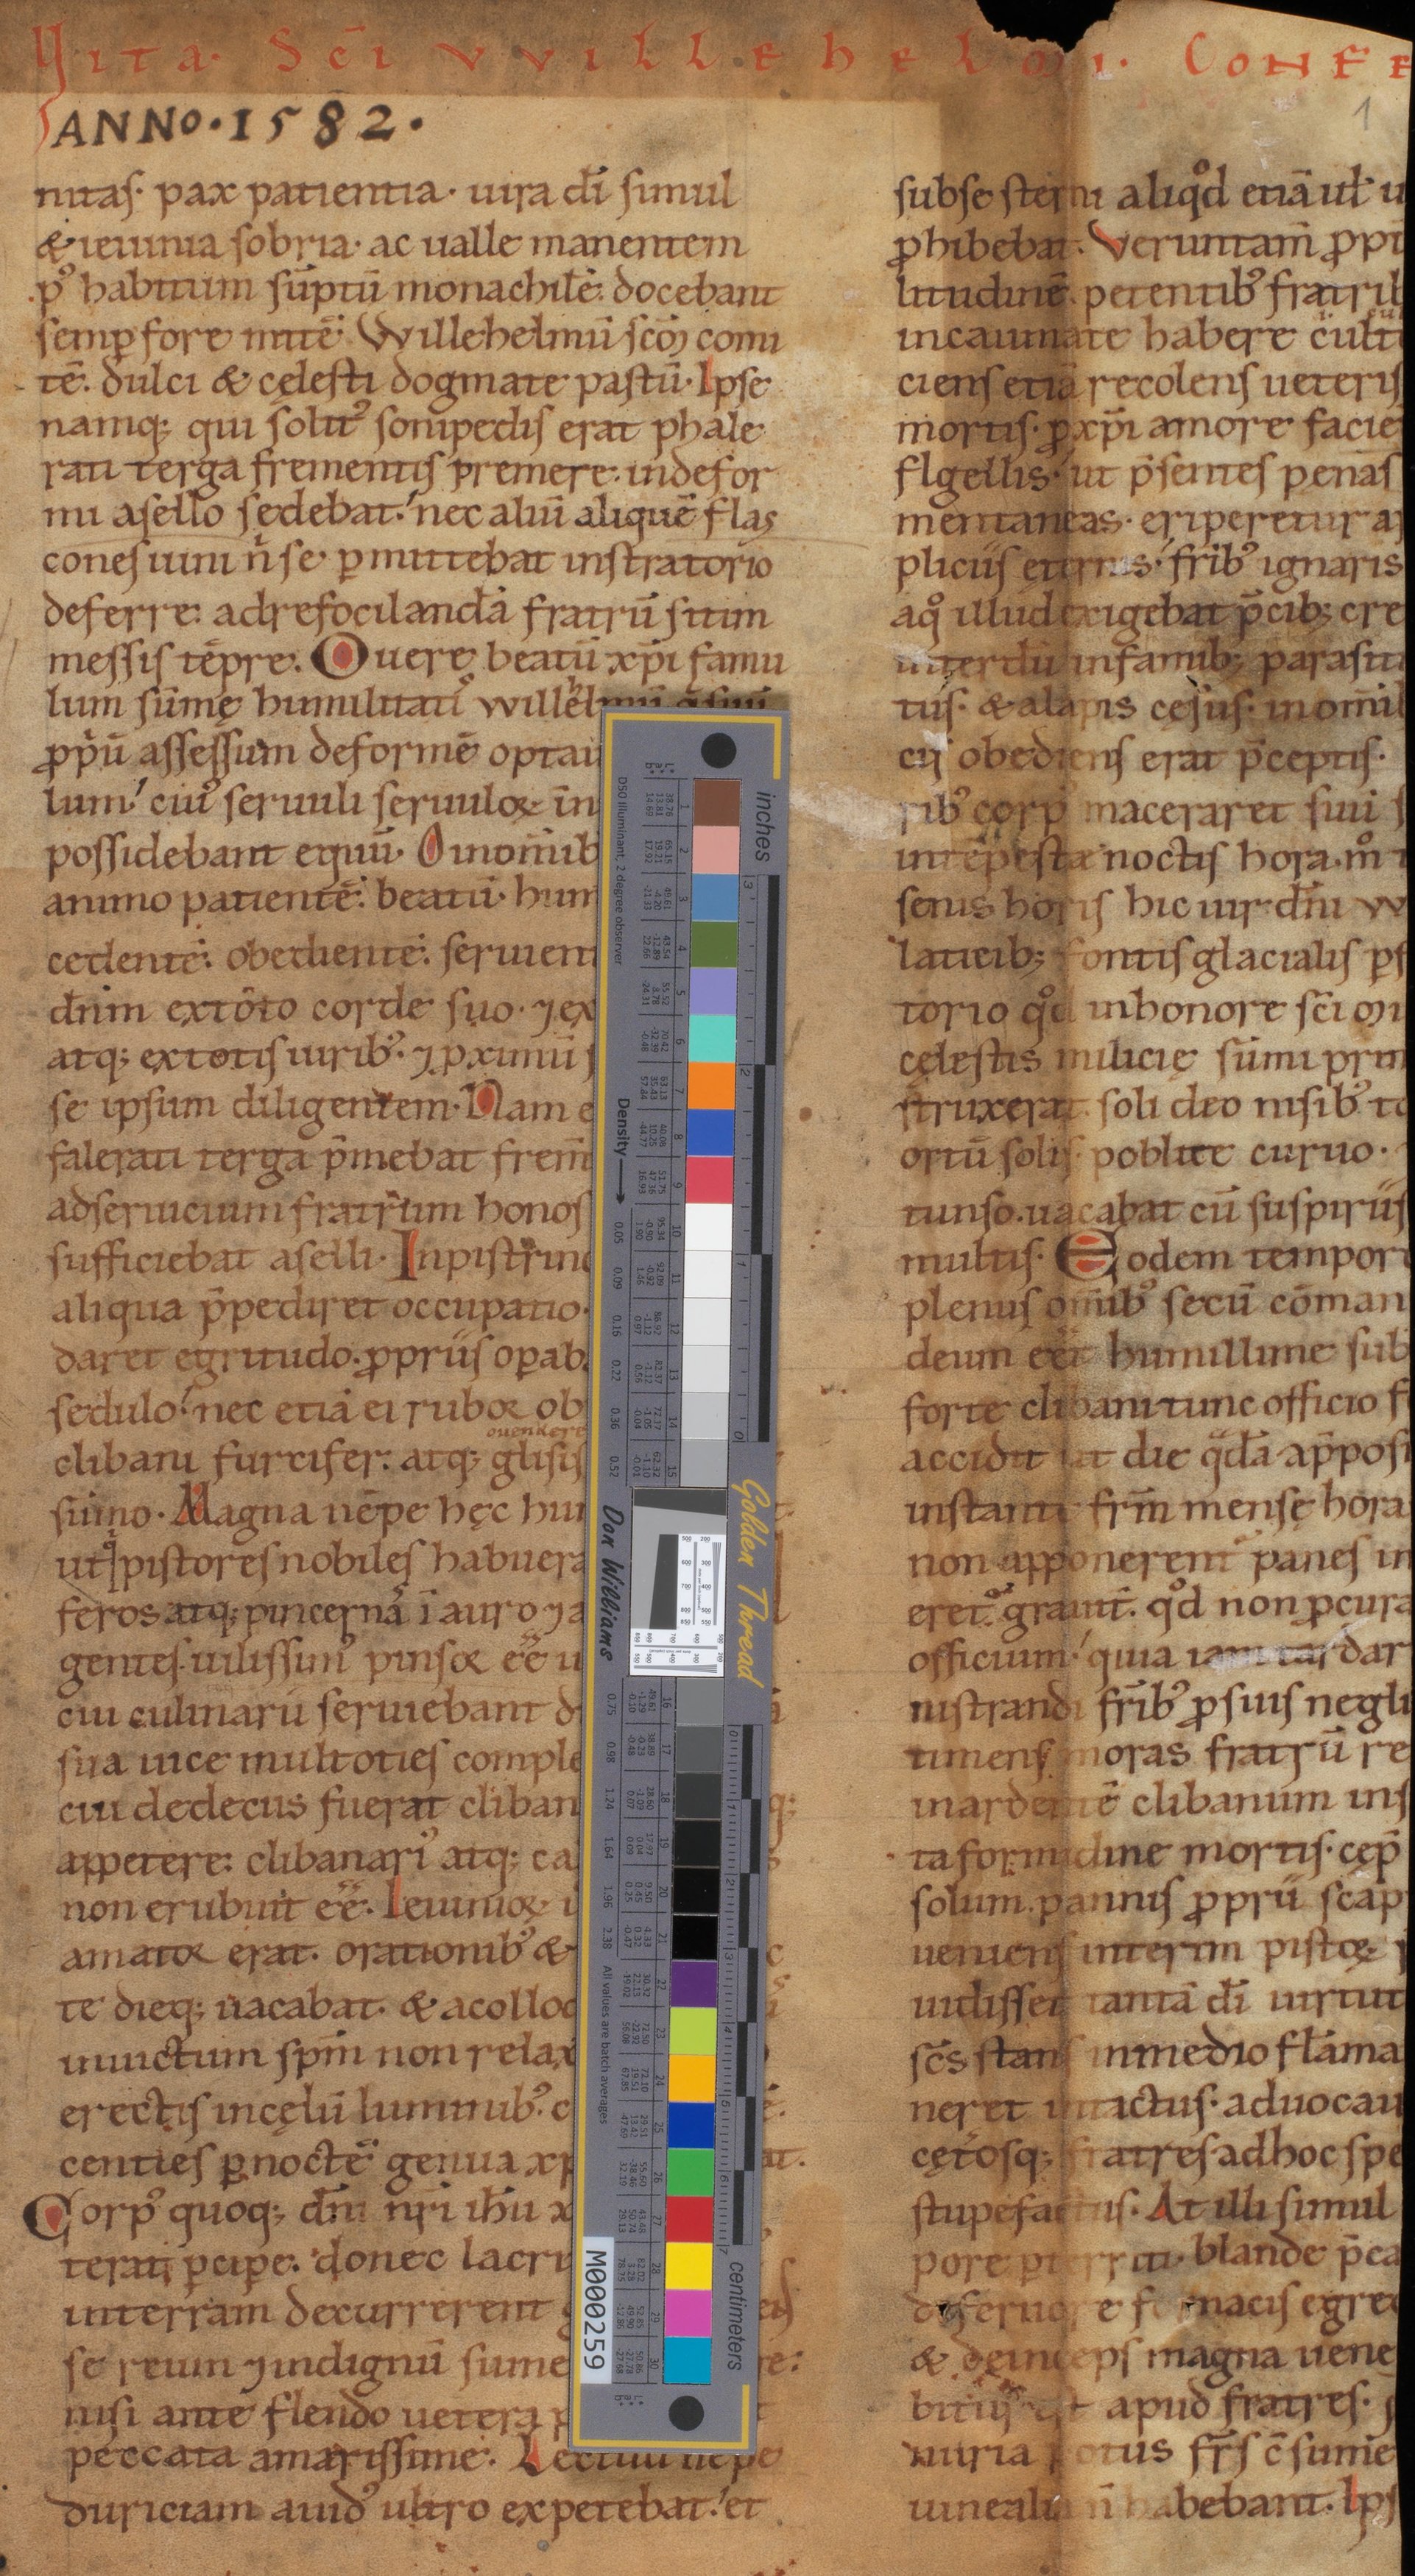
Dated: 1140–1170